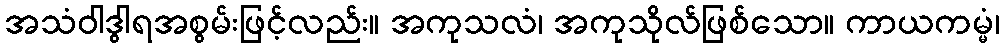
အသံဝါဒွါရအစွမ်းဖြင့်လည်း။ အကုသလံ၊ အကုသိုလ်ဖြစ်သော။ ကာယကမ္မံ၊